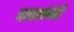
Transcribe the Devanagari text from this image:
वादाक्कंचेरी